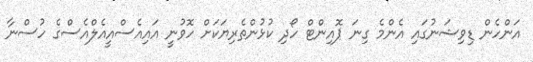
އަންހެން ޑިވިޝަނުގައި އެންމެ ގިނަ ޕޮއިންޓް ހޯދި ކުޅުންތެރިޔަކަށް ހޮވުނީ އައިއެސްއީއެލްއެސްގެ ހުސްނާ